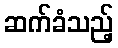
ဆက်ခံသည့်